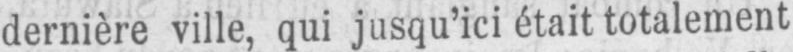
dernière ville, qui jusqu’ici était totalement